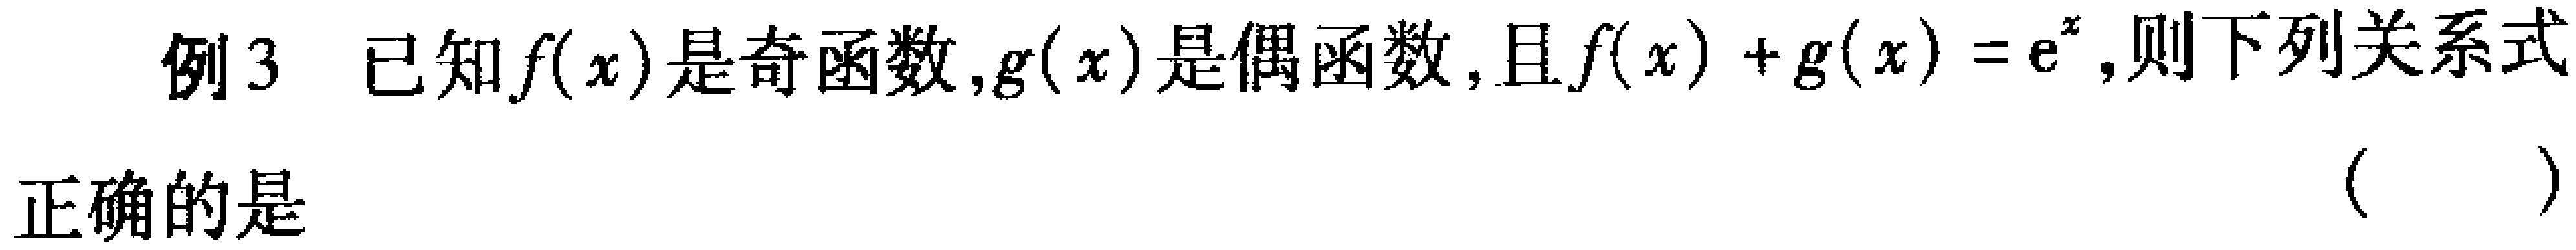
例3 已知\(f(x)\)是奇函数,\(g(x)\)是偶函数,且\(f(x)+g(x)=\mathrm{e}^{x}\),则下列关系式

正确的是 （  ）